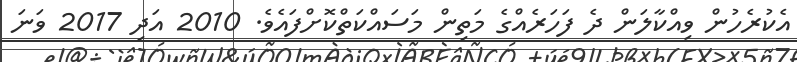
އެކުރެހުން ވިއްކާލަން ދެ ފަހަރެއްގެ މަތިން މަސައްކަތްކޮށްފައެވެ. 2010 އަދި 2017 ވަނަ